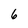
Character: 6